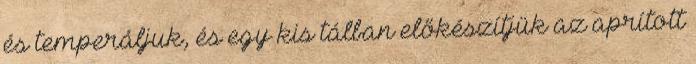
és temperáljuk, és egy kis tálban előkészítjük az aprított